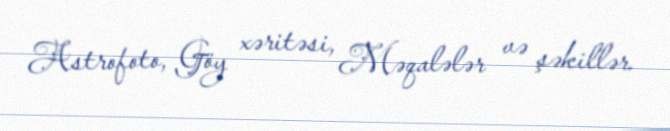
Astrofoto, Göy xəritəsi, Məqalələr və şəkillər.